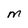
Character: M